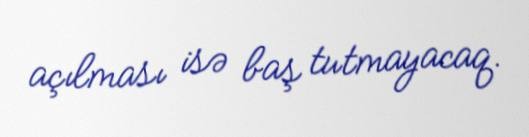
açılması isə baş tutmayacaq.